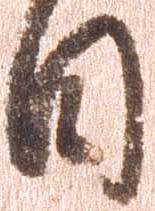
日